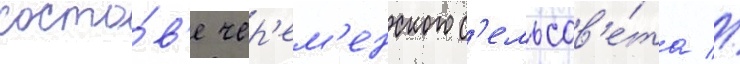
соста́в'е чер'ем'енского с'ельсов'е́та //